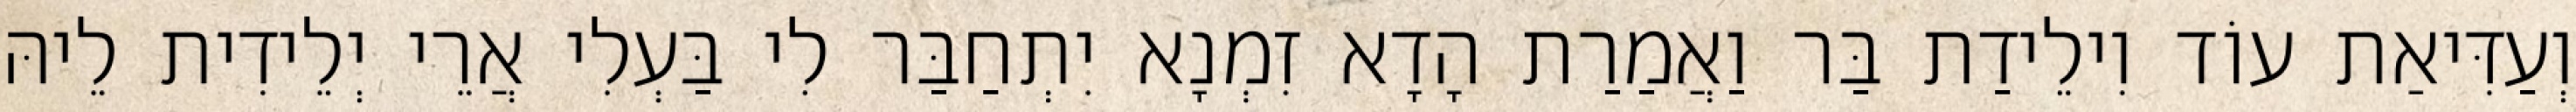
וְעַדִּיאַת עוֹד וִילֵידַת בַּר וַאֲמַרַת הָדָא זִמְנָא יִתְחַבַּר לִי בַּעְלִי אֲרֵי יְלֵידִית לֵיהּ